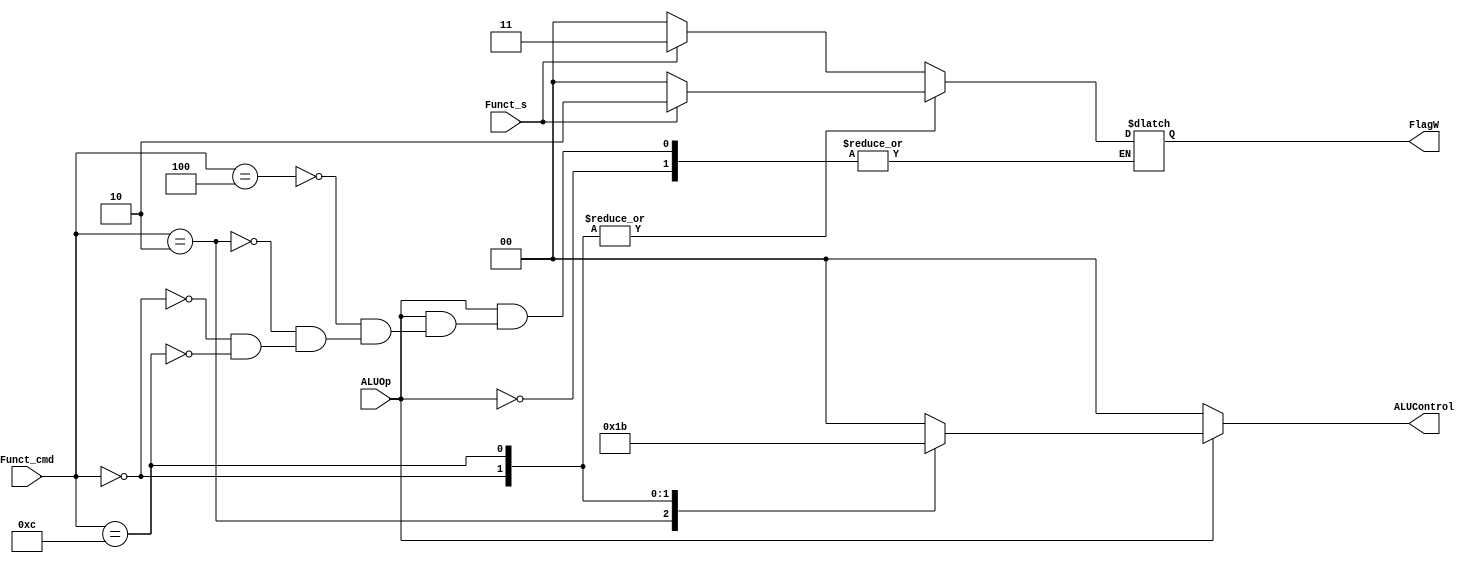
module alu_dec_1
	(
	input ALUOp, 
	input	[3:0] Funct_cmd, 
	input	Funct_s,
	output [1:0] ALUControl,
	output [1:0] FlagW 
	);
	reg [1:0] ALUResult;
	reg [1:0] tmp;
	assign ALUControl = ALUResult;
	assign FlagW = tmp;
	always @( ALUOp or Funct_cmd or Funct_s )
	begin
		if ( ALUOp == 0 ) begin
			ALUResult = 00;
			end
		else begin
		case ( Funct_cmd )
		4'b0100 : begin
			ALUResult <= 00;
			if ( Funct_s == 0 )
				begin
				tmp = 00;
				end
			else begin
				tmp = 11;
				end 
			end
		4'b0010 : begin
			ALUResult <= 01;
			if ( Funct_s == 0 )
				begin
				tmp = 00;
				end
			else begin
				tmp = 11;
				end 
			end
		4'b0000 : begin
			ALUResult <= 10;
			if ( Funct_s == 0 )
				begin
				tmp = 00;
				end
			else begin 
				tmp = 10;
				end 
			end
		4'b1100 : begin
			ALUResult <= 11;
			if ( Funct_s == 0 )
				begin
				tmp = 00;
				end
			else begin
				tmp = 10;
				end 
			end
		default : begin
			ALUResult <= 00;
			end
		endcase
		end
	end
endmodule